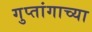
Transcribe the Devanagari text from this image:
गुप्तांगाच्या